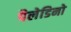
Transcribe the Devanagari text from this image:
पैलेडिनो